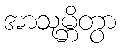
အာသုမ္ဘိတွာ